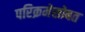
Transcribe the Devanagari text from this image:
परिक्रमेसोबत